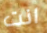
انت